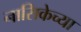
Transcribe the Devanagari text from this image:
नासिकेच्या